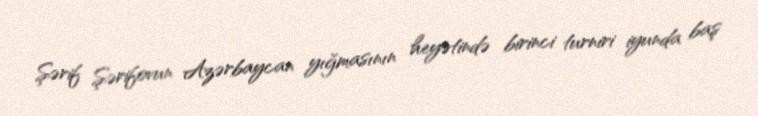
Şərif Şərifovun Azərbaycan yığmasının heyətində birinci turniri iyunda baş